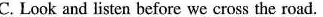
C. Look and listen before we cross the road